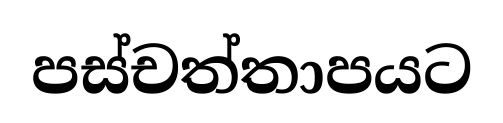
පස්චත්තාපයට